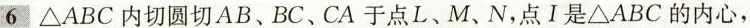
6 \triangle ABC内切圆切AB、BC、CA于点L、M、N，点Ⅰ是\triangle ABC的内心，